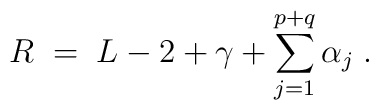
R \;=\; L-2+\gamma + \sum_{j=1}^{p+q} \alpha_j  \;.